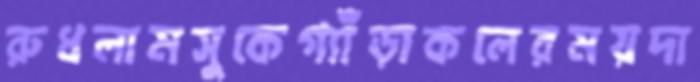
রুধলামসুকেগ্যাঁড়াকলেরময়দা